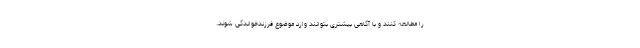
را مطالعه کنند و با آگاهی بیشتری بتوانند وارد موضوع فرزندخواندگی شوند.